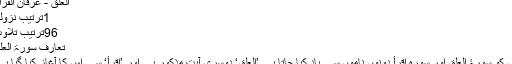
الْعَلَق - عرفان القرآن
1ترتيب نزولي
96ترتيب تلاوت
تعارف سورۃ العلق
اس کو سورۂ العلق اور سورہ اقرأ دونوں ناموں سے یاد کیا جاتا ہے ’العلق‘ دوسری آیت مذکور ہے اور ’اقرأ‘ سے اس کا آغاز کیا گیا ہے۔